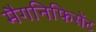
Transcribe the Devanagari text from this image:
मैगनिफिसेंट